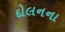
દોલનના